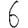
Digit: 6